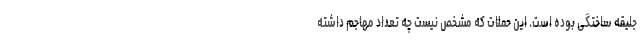
جلیقه ساختگی بوده است. این حملات که مشخص نیست چه تعداد مهاجم داشته